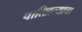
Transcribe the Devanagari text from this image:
पातिव्रत्याचा